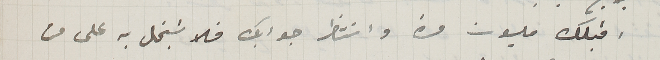
اقبلك مليون مرة وانتظر جوابك فلا تبخل به على من